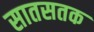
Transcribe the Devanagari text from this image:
सातसतक